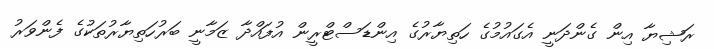
ރަޝިޔާ އިން ގެންދަނީ އެގައުމުގެ ހަތިޔާރުގެ އިންޑަސްޓްރީން އުފައްދާ ޒަމާނީ ބަރުހަތިޔާރުތަކުގެ ފެންވަރު